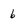
Character: 6